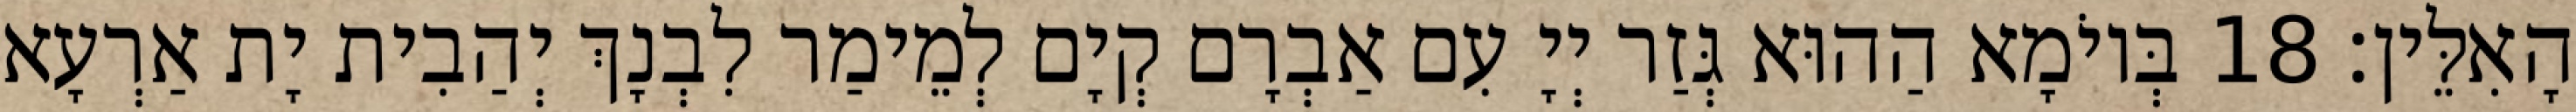
הָאִלֵּין׃ 18 בְּיוֹמָא הַהוּא גְּזַר יְיָ עִם אַבְרָם קְיָם לְמֵימַר לִבְנָךְ יְהַבִית יָת אַרְעָא